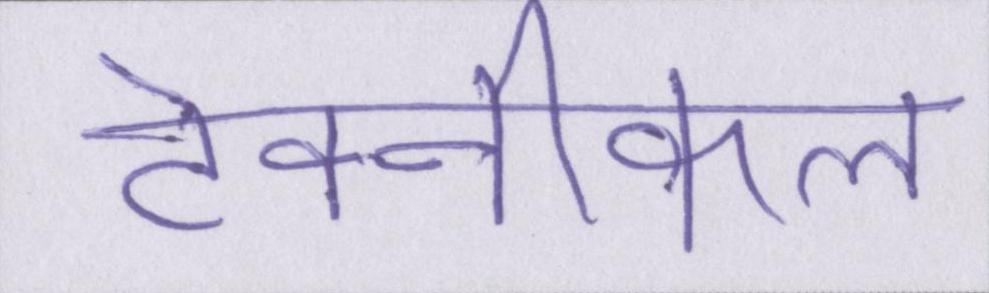
टेक्नीकल